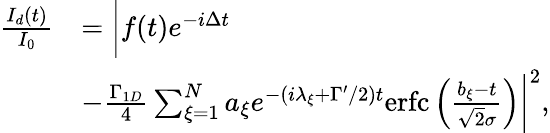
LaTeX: \begin{array}{rl}{\frac{I_{d}(t)}{I_{0}}}&{=\bigg|f(t)e^{-i\Delta t}}\\ &{-\frac{\Gamma_{1D}}{4}\sum_{\xi=1}^{N}a_{\xi}e^{-(i\lambda_{\xi}+\Gamma^{\prime}/2)t}\mathrm{erfc}\left(\frac{b_{\xi}-t}{\sqrt{2}\sigma}\right)\bigg|^{2},}\end{array}